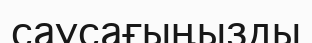
саусағыңызды